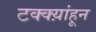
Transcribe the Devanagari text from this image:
टक्क्य़ांहून